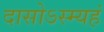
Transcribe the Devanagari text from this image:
दासोऽस्म्यहं